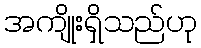
အကျိုးရှိသည်ဟု